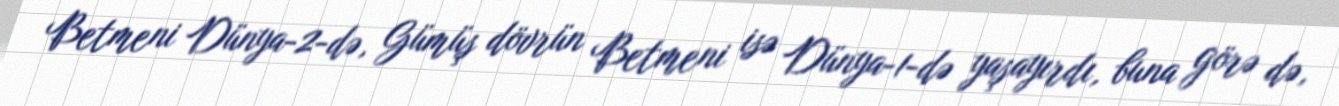
Betmeni Dünya-2-də, Gümüş dövrün Betmeni isə Dünya-1-də yaşayırdı, buna görə də,